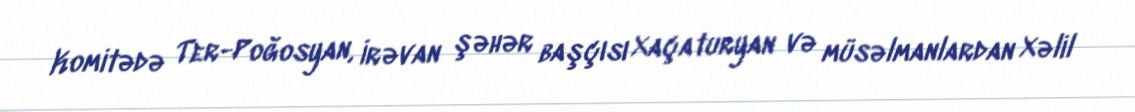
Komitədə Ter-Poğosyan, İrəvan şəhər başçısı Xaçaturyan və müsəlmanlardan Xəlil